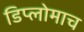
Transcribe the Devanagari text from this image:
डिप्लोमाच